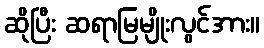
ဆိုပြီး ဆရာမြမျိုးလွင်အား။